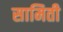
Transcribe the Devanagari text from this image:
सामिती